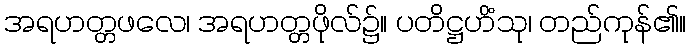
အရဟတ္တဖလေ၊ အရဟတ္တဖိုလ်၌။ ပတိဋ္ဌဟိံသု၊ တည်ကုန်၏။